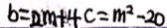
b = 2 m + 4 c = m ^ { 2 } - 2 0